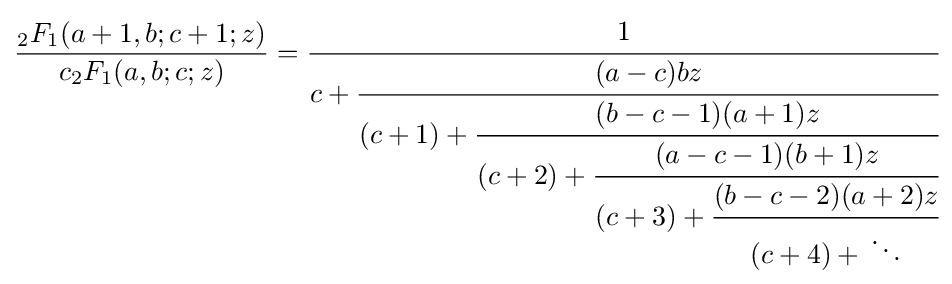
{\frac {{}_{2}F_{1}(a+1,b;c+1;z)}{c{}_{2}F_{1}(a,b;c;z)}}={\cfrac {1}{c+{\cfrac {(a-c)bz}{(c+1)+{\cfrac {(b-c-1)(a+1)z}{(c+2)+{\cfrac {(a-c-1)(b+1)z}{(c+3)+{\cfrac {(b-c-2)(a+2)z}{(c+4)+{}\ddots }}}}}}}}}}